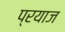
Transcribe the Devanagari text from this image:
प्रयाज